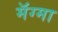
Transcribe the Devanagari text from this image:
मॅग्मा